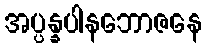
အပ္ပန္နပါနဘောဇနေ